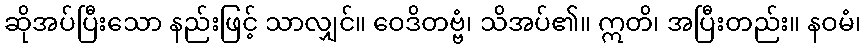
ဆိုအပ်ပြီးသော နည်းဖြင့် သာလျှင်။ ဝေဒိတဗ္ဗံ၊ သိအပ်၏။ ဣတိ၊ အပြီးတည်း။ နဝမံ၊